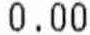
0.00